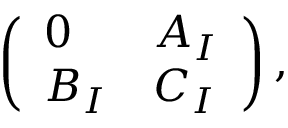
\left( \begin{array} { l l } { { 0 } } & { { A _ { I } } } \\ { { B _ { I } } } & { { C _ { I } } } \end{array} \right) ,